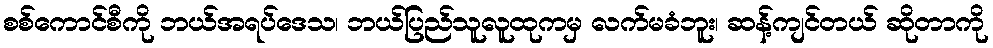
စစ်ကောင်စီကို ဘယ်အရပ်ဒေသ၊ ဘယ်ပြည်သူလူထုကမှ လက်မခံဘူး၊ ဆန့်ကျင်တယ် ဆိုတာကို